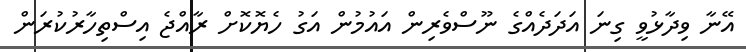
އޭނާ ވިދާޅުވީ ގިނަ އަދަދެއްގެ ނޫސްވެރިން އައުމުން އަގު ހެޔޮކޮށް ރާއްޖެ އިސްތިހާރުކުރަން